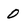
Character: 0